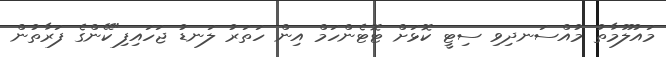
މައުލޫމާތު މުއްސަނދިވި ސިޓީ ކޮޅަށް ޓޮޓެންހަމް އިން ހަތަރު ލަނޑު ޖަހައިފި"ކޭންގެ ފަރާތުން